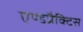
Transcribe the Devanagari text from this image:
एण्डप्रैक्टिस